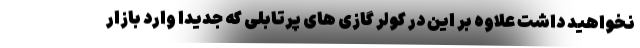
نخواهید داشت علاوه بر این در کولر گازی های پرتابلی که جدیدا وارد بازار